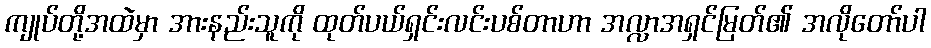
ကျုပ်တို့အထဲမှာ အားနည်းသူကို ထုတ်ပယ်ရှင်းလင်းပစ်တာဟာ အလ္လာအရှင်မြတ်၏ အလိုတော်ပါ